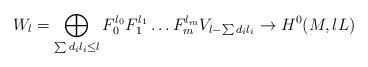
LaTeX: \begin{align*}W_l=\bigoplus_{\sum d_il_i\leq l} F_0^{l_0}F_1^{l_1}\ldots F_m^{l_m} V_{l-\sum d_i l_i}\to H^0(M, lL)\end{align*}